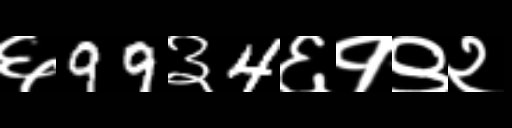
Text: ६99३4६१९२